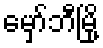
မှော်ဘီမြို့